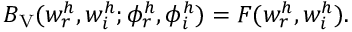
B _ { \mathrm { V } } ( w _ { r } ^ { h } , w _ { i } ^ { h } ; \phi _ { r } ^ { h } , \phi _ { i } ^ { h } ) = F ( w _ { r } ^ { h } , w _ { i } ^ { h } ) .